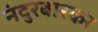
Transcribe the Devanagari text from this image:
नंदुरबारकर